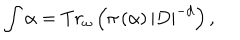
\int \alpha = T r _ { \omega } \left( \pi \left( \alpha \right) \left| D \right| ^ { - d } \right) ,